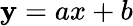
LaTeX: \mathbf{y}=ax+b